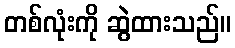
တစ်လုံးကို ဆွဲထားသည်။